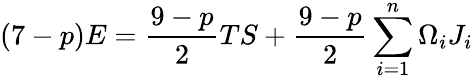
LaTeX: (7-p)E=\frac{9-p}{2}TS+\frac{9-p}{2}\sum_{i=1}^{n}\Omega_{i}J_{i}